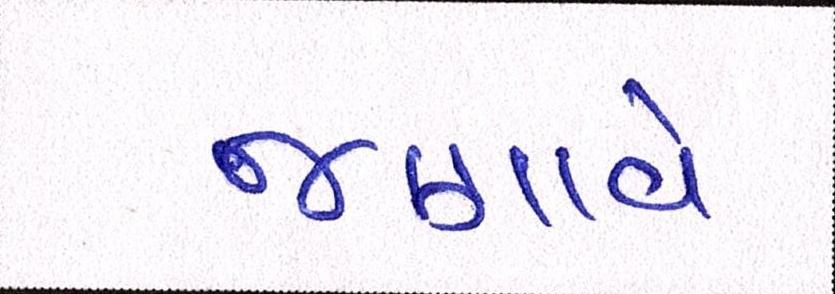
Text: જણાવે